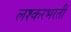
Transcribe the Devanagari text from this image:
लश्करभरती